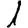
Digit: 1